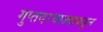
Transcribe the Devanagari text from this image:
गुप्तदरवाज्याकडून